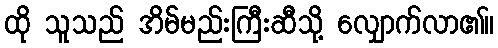
ထို သူသည် အိမ်မည်းကြီးဆီသို့ လျှောက်လာ၏။